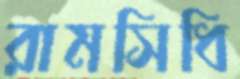
রামসিধি